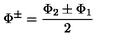
\Phi ^ { \pm } = \frac { \Phi _ { 2 } \pm \Phi _ { 1 } } { 2 }